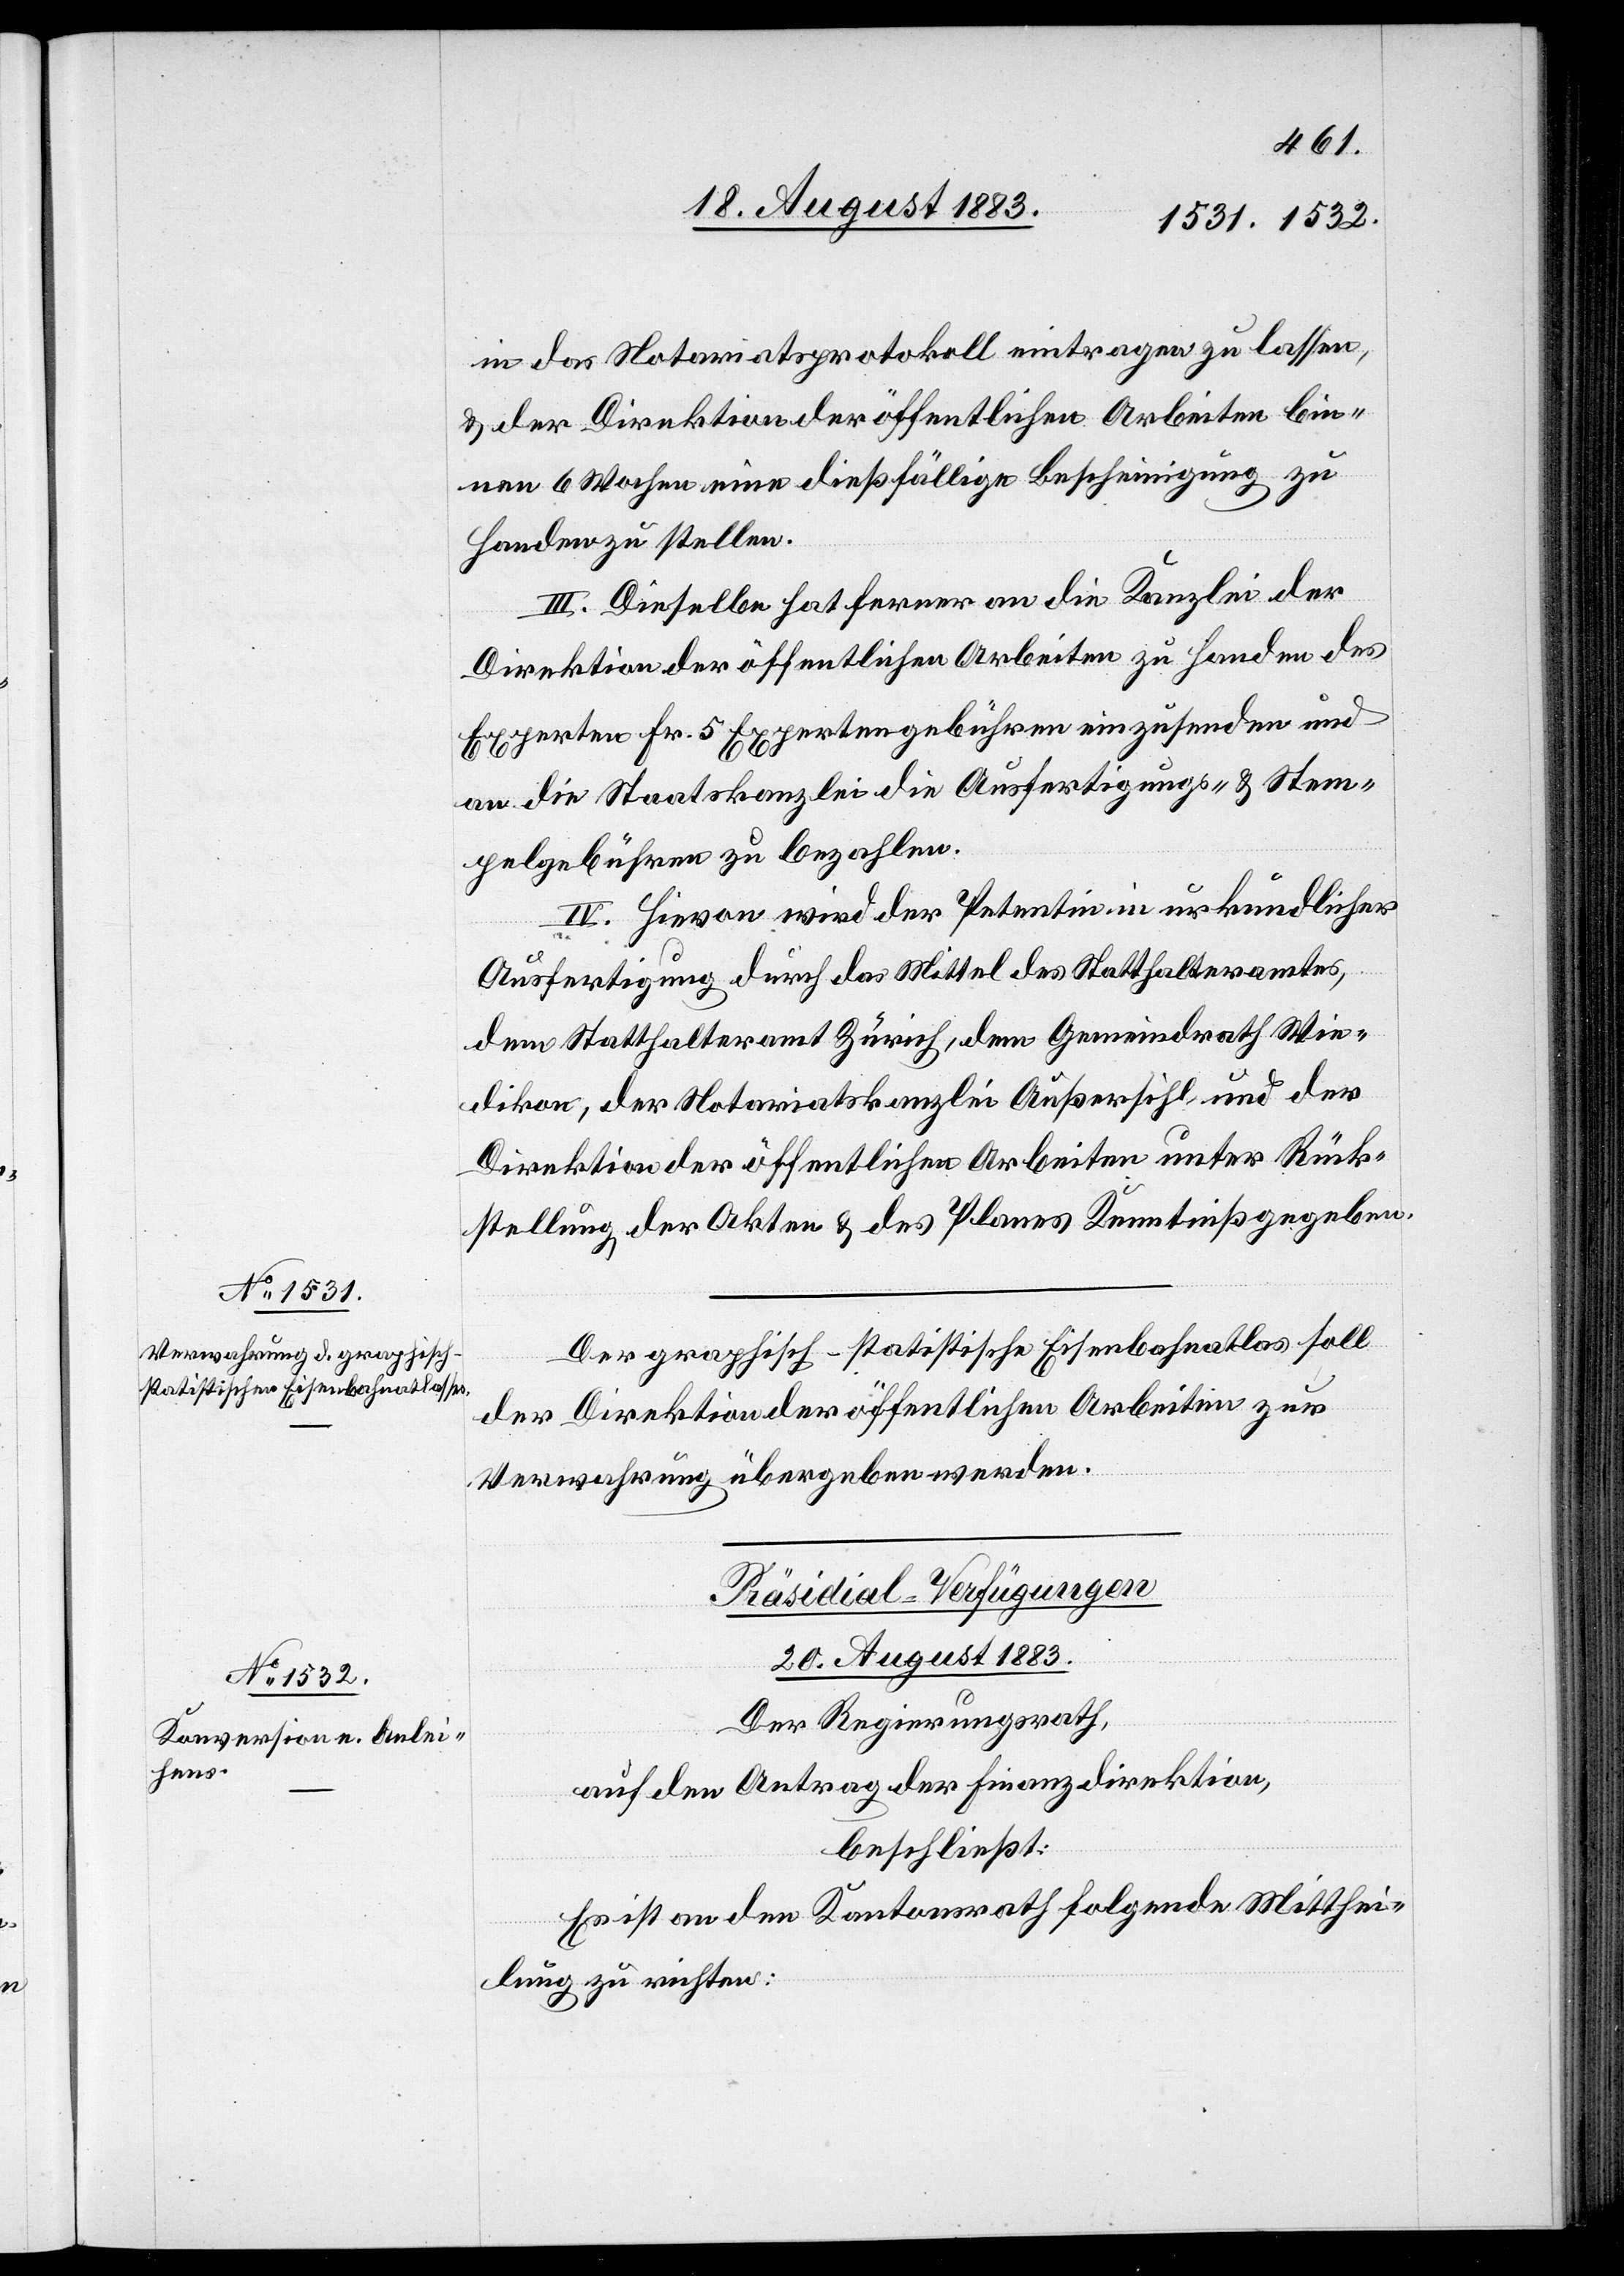
in das Notariatsprotokoll eintragen zu lassen
& der Direktion der öffentlichen Arbeiten bin¬
nen 6 Wochen eine dießfällige Bescheinigung zu
Handen zu stellen.
III. Dieselbe hat ferner an die Kanzlei der
Direktion der öffentlichen Arbeiten zu Handen des
Experten Fr. 5 Expertengebühren einzusenden und
an die Staatskanzlei die Ausfertigungs- & Stem¬
pelgebühren zu bezahlen.
IV. Hievon wird der Petentin in urkundlicher
Ausfertigung durch das Mittel des Statthalteramtes,
dem Statthalteramt Zürich, dem Gemeindrath Wie¬
dikon, Der Notariatskanzlei Außersihl und der
Direktion der öffentlichen Arbeiten unter Rück¬
stellung der Akten & des Planes Kenntniß gegeben.
Der graphisch-statistische Eisenbahnatlas soll
der Direktion der öffentlichen Arbeiten zur
Verwahrung übergeben werden.
Präsidial-Verfügungen
20. August 1883.
Der Regierungsrath,
auf den Antrag der Finanzdirektion,
beschließt:
Es ist an den Kantonsrath folgende Mitthei¬
lung zu richten: